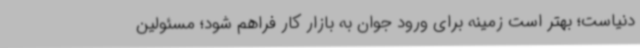
دنیاست؛ بهتر است زمینه برای ورود جوان به بازار کار فراهم شود؛ مسئولین